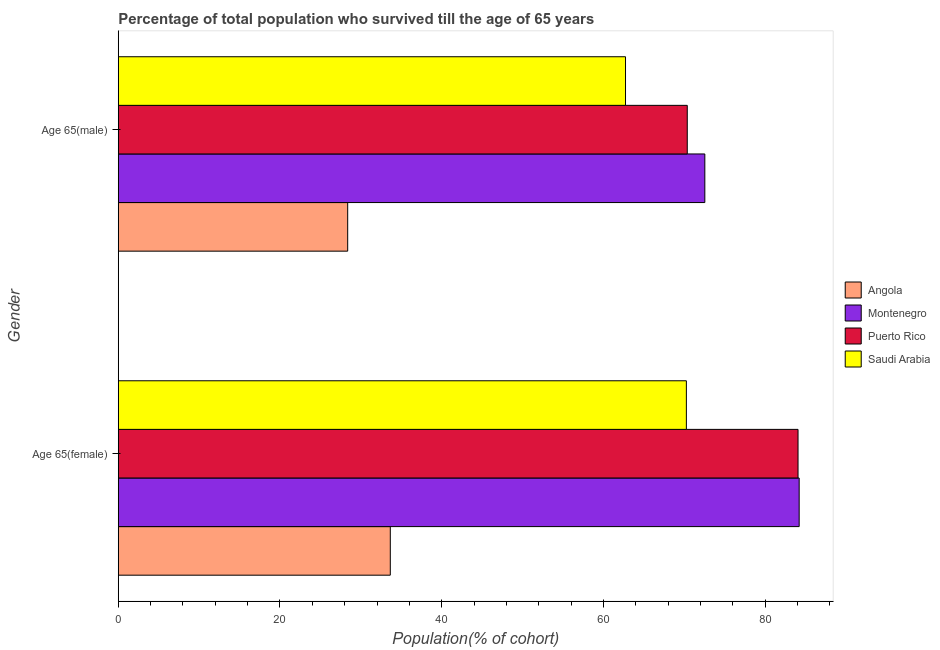
| Gender | Angola | Montenegro | Puerto Rico | Saudi Arabia |
 | --- | --- | --- | --- | --- |
 | Age 65(female) | 33.6 | 84.2 | 84.1 | 70.3 |
 | Age 65(male) | 28.4 | 72.5 | 70.4 | 62.7 |